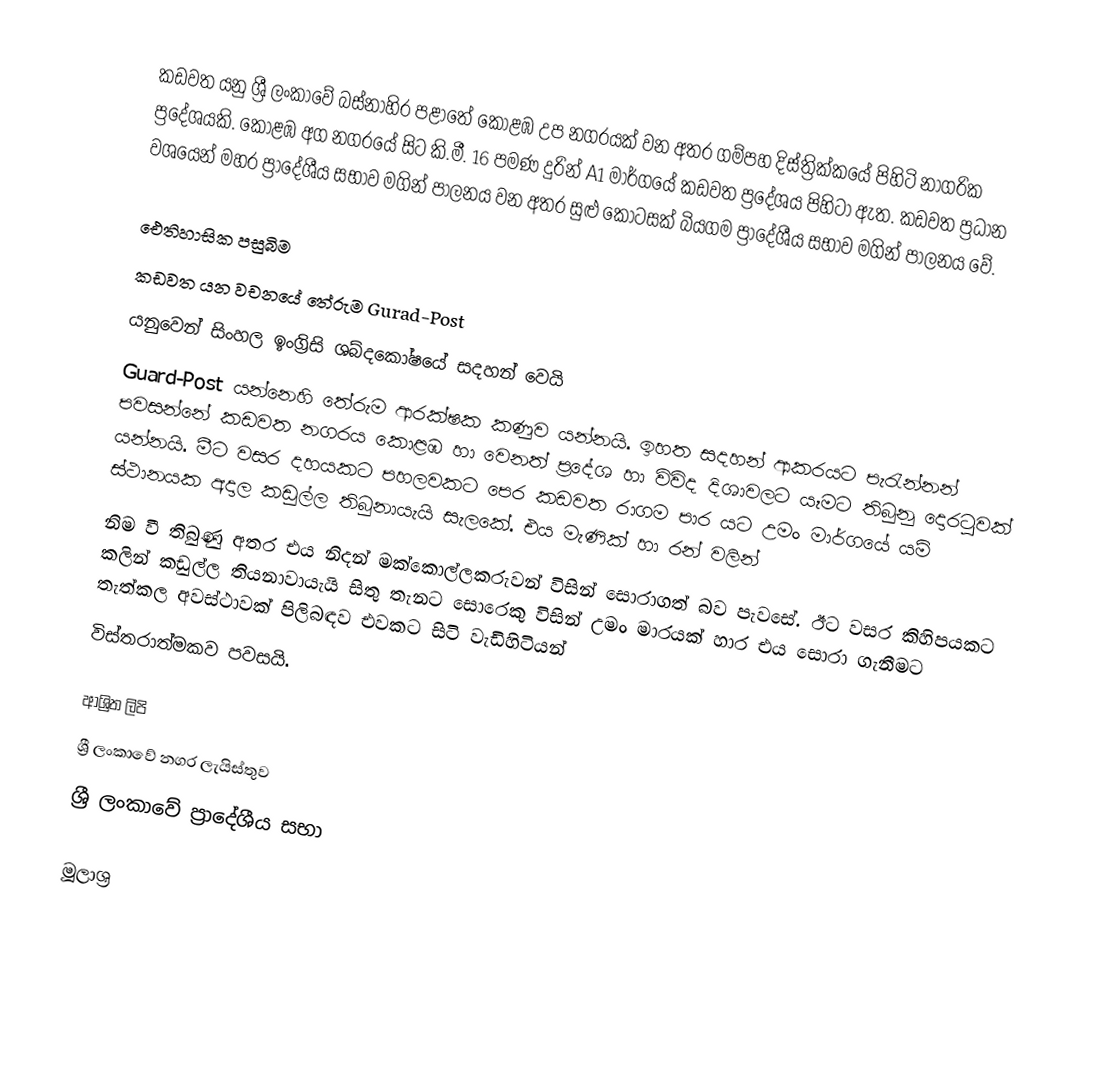
කඩවත යනු ශ්‍රී ලංකාවේ බස්නාහිර පළාතේ කොළඹ උප නගරයක් වන අතර ගම්පහ දිස්ත්‍රික්කයේ පිහිටි නාගරික ප්‍රදේශයකි. කොළඹ අග නගරයේ සිට කි.මී. 16 පමණ දුරින් A1 මාර්ගයේ කඩවත ප්‍රදේශය පිහිටා ඇත. කඩවත ප්‍රධාන වශයෙන් මහර ප්‍රාදේශීය සභාව මගින් පාලනය වන අතර සුළු කොටසක් බියගම ප්‍රාදේශීය සභාව මගින් පාලනය වේ.

ඓතිහාසික පසුබිම
කඩවත යන වචනයේ තේරුම Gurad-Post
යනුවෙන් සිංහල ඉංග්‍රිසි ශබ්දකෝෂයේ සදහන් වෙයි
Guard-Post යන්නෙහි තේරුම ආරක්ෂක කණුව යන්නයි. ඉහත සදහන් ආකරයට පැරැන්නන් පවසන්නේ  කඩවත නගරය කොළඹ හා වෙනත් ප්‍රදේශ හා විවිද දිශාවලට යෑමට තිබුනු දොරටුවක් යන්නයි. මීට වසර දහයකට පහලවකට පෙර කඩවත රාගම පාර යට උමං මාර්ගයේ යම් ස්ථානයක අදාල කඩුල්ල තිබුනායැයි සැලකේ. එය මැණික් හා රන් වලින්
නිම වී තිබුණු අතර එය නිදන් මක්කොල්ලකරුවන් විසින් සොරාගත් බව පැවසේ. ඊට වසර කිහිපයකට කලින් කඩුල්ල තියනාවායැයි සිතු තැනට සොරෙකු විසින් උමං මාරයක් හාර එය සොරා ගැනීමට තැත්කල අවස්ථාවක් පිලිබඳව එවකට සිටි වැඩිහිටියන්
විස්තරාත්මකව පවසයි.

ආශ්‍රිත ලිපි
 ශ්‍රී ලංකාවේ නගර ලැයිස්තුව
 ශ්‍රී ලංකාවේ ප්‍රාදේශීය සභා

මූලාශ්‍ර